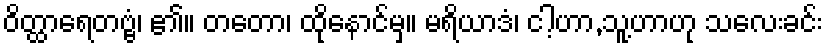
ဝိတ္ထာရေတဗ္ဗံ၊ ၏။ တတော၊ ထိုနောင်မှ။ မရိယာဒံ၊ ငါ့ဟာ,သူ့ဟာဟု သလေးခင်း